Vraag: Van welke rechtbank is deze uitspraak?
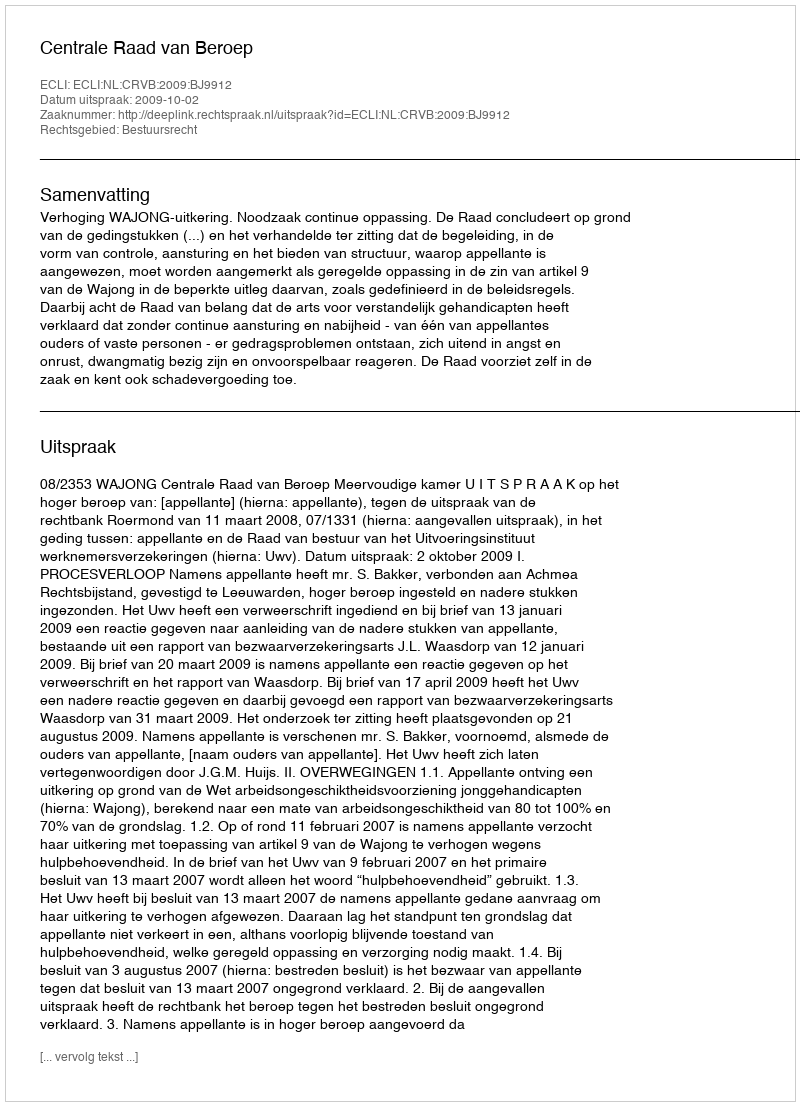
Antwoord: Centrale Raad van Beroep